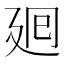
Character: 𢌞